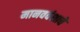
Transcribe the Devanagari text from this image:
मानववंशाचे